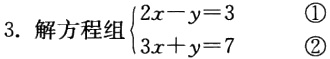
3. 解方程组$\begin{cases}2x - y = 3&\textcircled{1}\\3x + y = 7&\textcircled{2}\end{cases}$